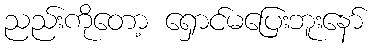
ညည်းကိုတော့ ရှောင်မပြေးဘူးနော်